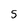
Character: 5